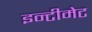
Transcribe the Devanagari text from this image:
इन्टीमेट